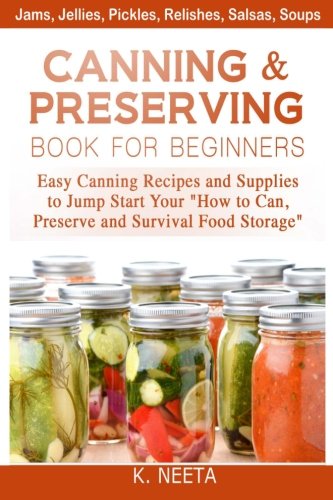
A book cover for Canning and Preserving Book for Beginners: Easy Canning Recipes and Supplies to Jump Start Your "How to Can, Preserve and Survival Food Storage; K Neeta; Science & Math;